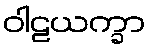
ဝါဠယက္ခာ